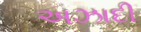
અઝાદી